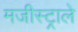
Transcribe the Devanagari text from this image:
मजीस्ट्राले